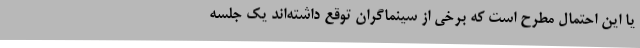
یا این احتمال مطرح است که برخی از سینماگران توقع داشته‌اند یک جلسه